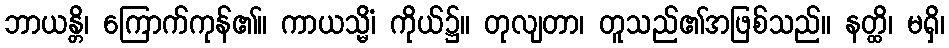
ဘာယန္တိ၊ ကြောက်ကုန်၏။ ကာယသ္မိံ၊ ကိုယ်၌။ တုလျတာ၊ တူသည်၏အဖြစ်သည်။ နတ္ထိ၊ မရှိ၊